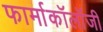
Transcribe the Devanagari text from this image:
फार्माकॉलॉजी